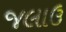
જલાઉ